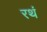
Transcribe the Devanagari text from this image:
रथं